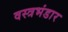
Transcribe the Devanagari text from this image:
वस्त्रभंडार